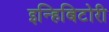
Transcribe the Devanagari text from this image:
इन्हिबिटोरी